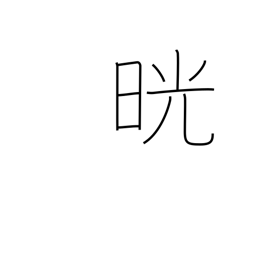
Meaning: clear